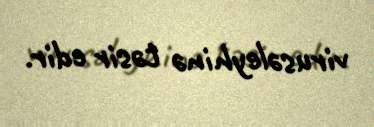
virusəleyhinə təsir edir.